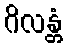
ဂိလန္တံ